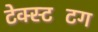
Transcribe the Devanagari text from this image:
टेक्स्टटिंग